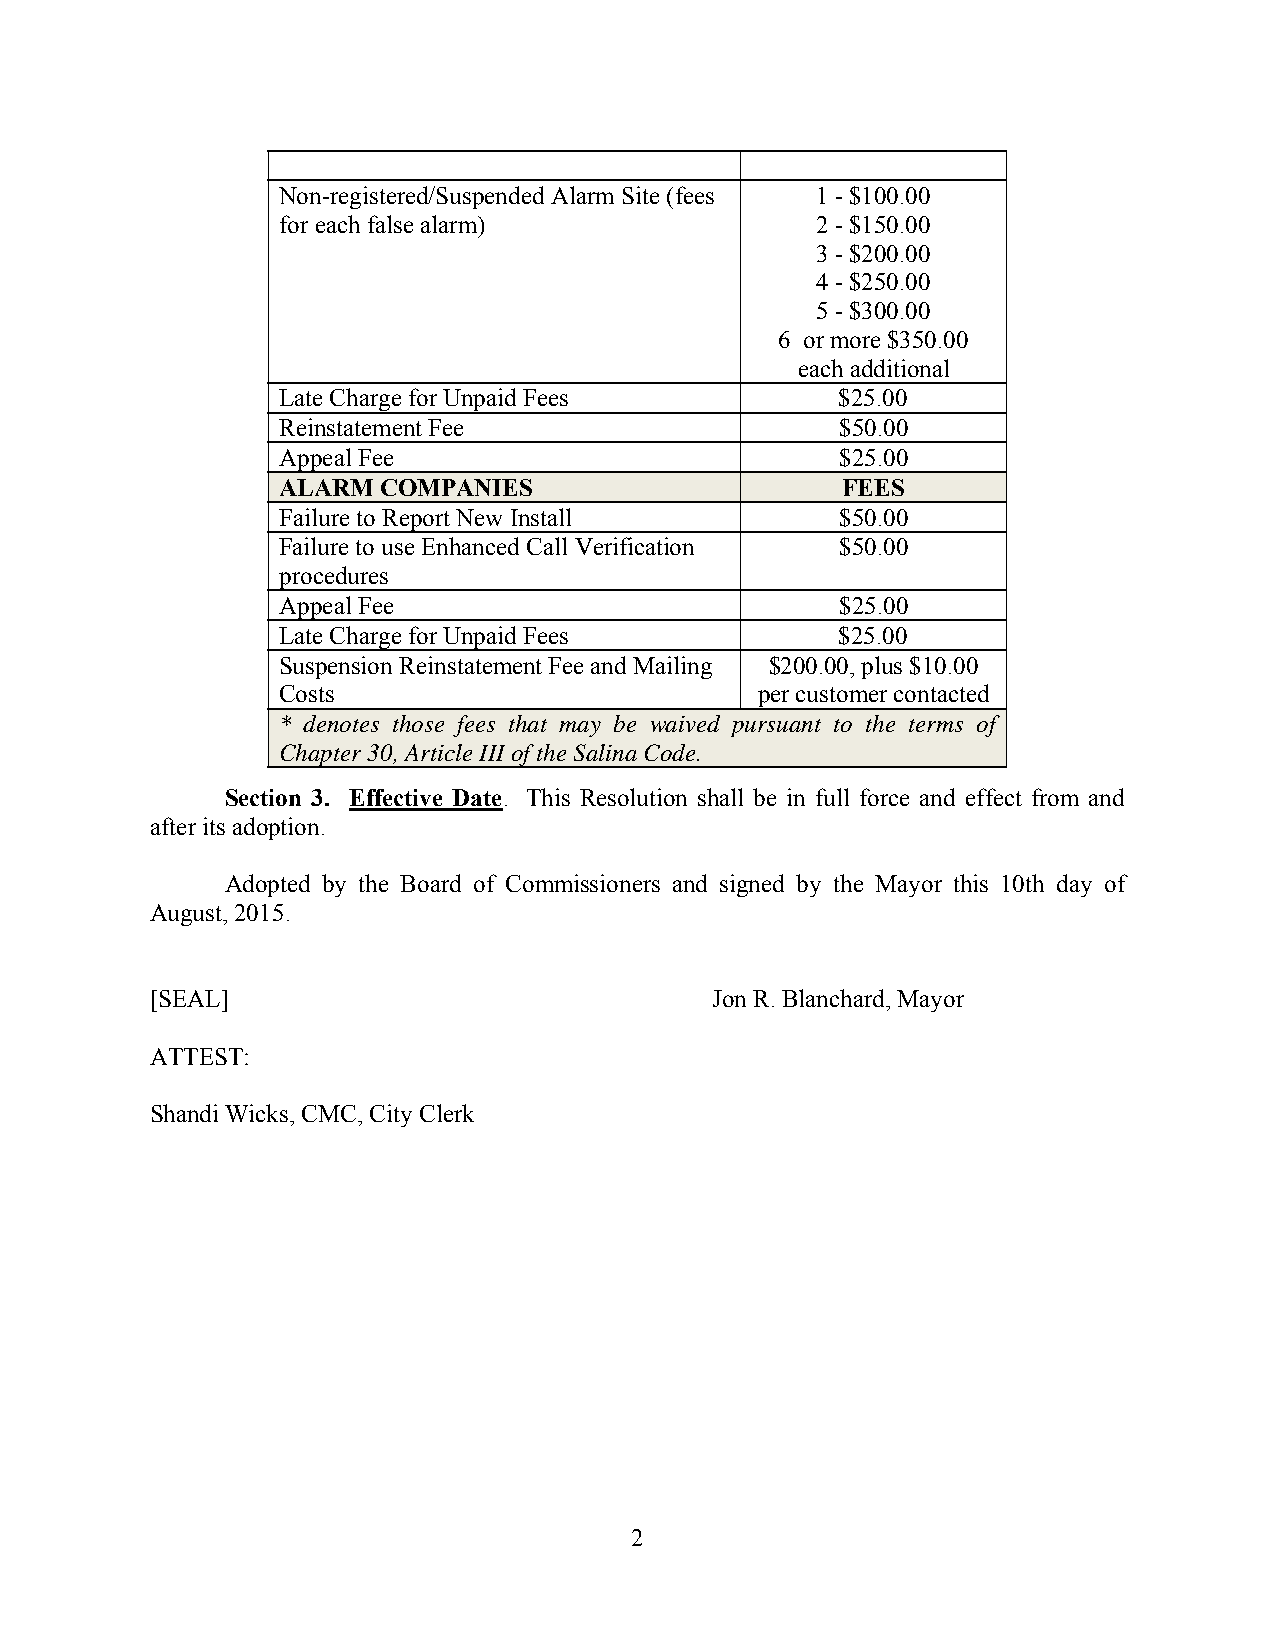
Non-registered/Suspended Alarm Site (fees 1 - $100.00
 for each false alarm)               2 - $150.00
 3 - $200.00
 4 - $250.00
 5 - $300.00
 6 or more $350.00
 each additional
 Late Charge for Unpaid Fees           $25.00
 Reinstatement Fee                     $50.00
 Appeal Fee                            $25.00
 ALARM  COMPANIES                      FEES
 Failure to Report New Install         $50.00
 Failure to use Enhanced Call Verification $50.00
 procedures
 Appeal Fee                            $25.00
 Late Charge for Unpaid Fees           $25.00
 Suspension Reinstatement Fee and Mailing $200.00, plus $10.00
 Costs                           per customer contacted
 * denotes those fees that may be waived pursuant to the terms of
 Chapter 30, Article III of the Salina Code.
 Section 3. Effective Date. This Resolution shall be in full force and effect from and
 after its adoption.
 Adopted by the Board of Commissioners and signed by the Mayor this 10th day of
 August, 2015.
 [SEAL]                               Jon R. Blanchard, Mayor
 ATTEST:
 Shandi Wicks, CMC, City Clerk
 2